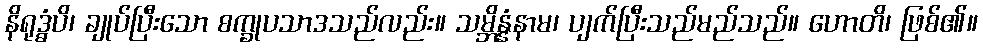
နိရုဒ္ဓံပိ၊ ချုပ်ပြီးသော စက္ခုပသာဒသည်လည်း။ သမ္ဘိန္နံနာမ၊ ပျက်ပြီးသည်မည်သည်။ ဟောတိ၊ ဖြစ်၏။